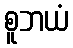
စူဘယံ